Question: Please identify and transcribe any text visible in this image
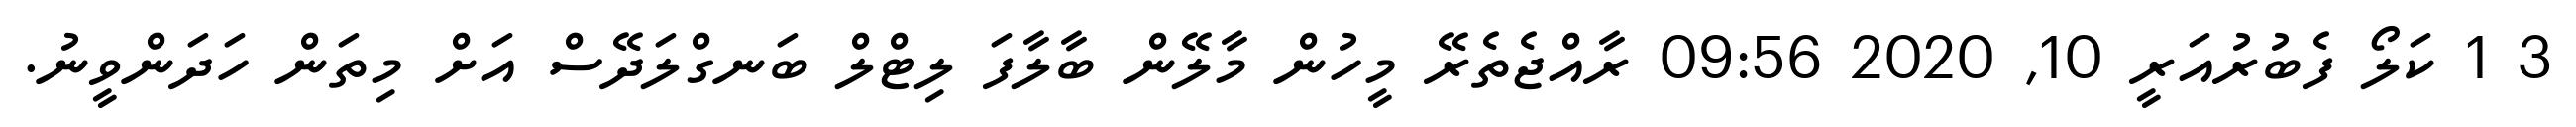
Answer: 3 1 ކަލޯ ފެބުރުއަރީ 10, 2020 09:56 ރާއްޖެތެރޭ މީހުން މާލޭން ބާލާފަ ލިޓްލް ބަނގްލަދޭސް އަށް މިތަން ހަދަންވީނު.